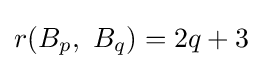
r(B_{p},\ B_{q})=2q+3